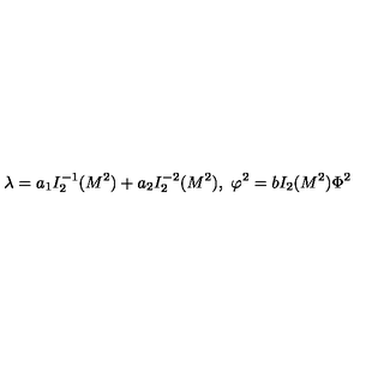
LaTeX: \lambda = a _ { 1 } I _ { 2 } ^ { - 1 } ( M ^ { 2 } ) + a _ { 2 } I _ { 2 } ^ { - 2 } ( M ^ { 2 } ) , \ \varphi ^ { 2 } = b I _ { 2 } ( M ^ { 2 } ) \Phi ^ { 2 }